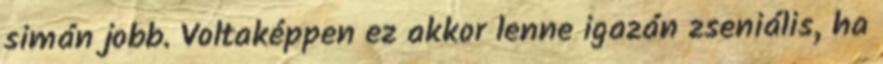
simán jobb. Voltaképpen ez akkor lenne igazán zseniális, ha